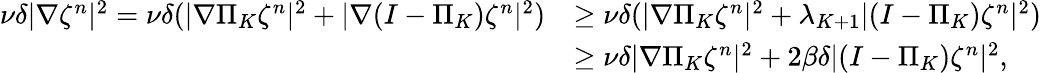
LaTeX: \begin{array}{rl}{\nu\delta|\nabla\zeta^{n}|^{2}=\nu\delta(|\nabla\Pi_{K}\zeta^{n}|^{2}+|\nabla(I-\Pi_{K})\zeta^{n}|^{2})}&{\geq\nu\delta(|\nabla\Pi_{K}\zeta^{n}|^{2}+\lambda_{K+1}|(I-\Pi_{K})\zeta^{n}|^{2})}\\ &{\geq\nu\delta|\nabla\Pi_{K}\zeta^{n}|^{2}+2\beta\delta|(I-\Pi_{K})\zeta^{n}|^{2},}\end{array}